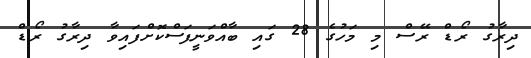
ދިރާގު ރޯޑް ރޭސް މި މަހުގެ 28 ގައި ބާއްވަނީފަސްކޮށްފައިވާ ދިރާގު ރޯޑް